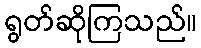
ရွတ်ဆိုကြသည်။